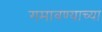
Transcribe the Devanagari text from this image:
गमावण्याच्या